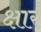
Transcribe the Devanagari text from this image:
क्षारं